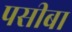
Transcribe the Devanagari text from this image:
पसीबा